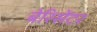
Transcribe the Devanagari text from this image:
बेरिसेंटर